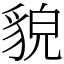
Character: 貌